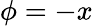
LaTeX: \phi=-x